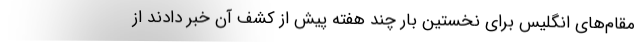
مقام‌های انگلیس برای نخستین بار چند هفته پیش از کشف آن خبر دادند از